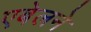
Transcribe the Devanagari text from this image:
एबेलने